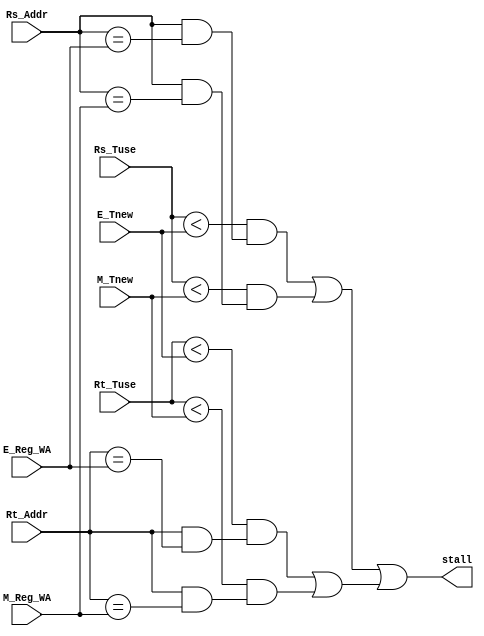
module HD (
    input wire [1:0] Rs_Tuse,
    input wire [4:0] Rs_Addr,
    input wire [1:0] Rt_Tuse,
    input wire [4:0] Rt_Addr,
    input wire [1:0] E_Tnew,
    input wire [4:0] E_Reg_WA,
    input wire [1:0] M_Tnew,
    input wire [4:0] M_Reg_WA,
    output wire stall
);
    /*
        Hazard Detection Unit
    */
    
    wire stall_rs, stall_rt;
    wire stall_rs_e, stall_rs_m;
    wire stall_rt_e, stall_rt_m;

    assign stall_rs_e = (Rs_Tuse < E_Tnew) && (Rs_Addr && (Rs_Addr == E_Reg_WA));
    assign stall_rs_m = (Rs_Tuse < M_Tnew) && (Rs_Addr && (Rs_Addr == M_Reg_WA));
    assign stall_rt_e = (Rt_Tuse < E_Tnew) && (Rt_Addr && (Rt_Addr == E_Reg_WA));
    assign stall_rt_m = (Rt_Tuse < M_Tnew) && (Rt_Addr && (Rt_Addr == M_Reg_WA));

    assign stall_rs = stall_rs_e || stall_rs_m;
    assign stall_rt = stall_rt_e || stall_rt_m;

    assign stall = stall_rs || stall_rt;
endmodule